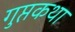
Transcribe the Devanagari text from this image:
गुप्तकथा